Scottish Leaving Certificate Examination, 1961
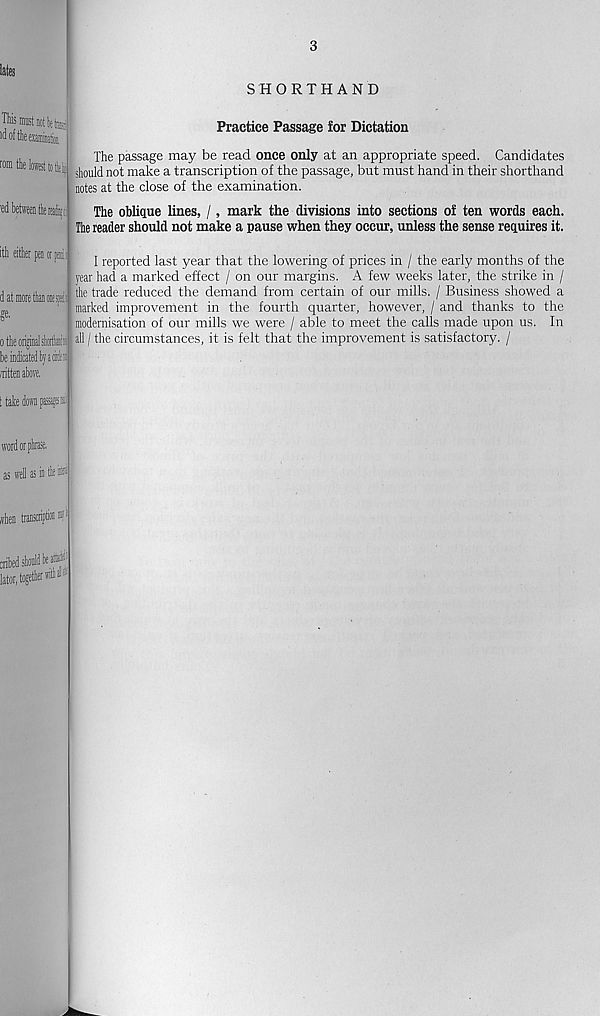
3
SHORTHAND
Practice Passage for Dictation
The passage may be read once only at an appropriate speed. Candidates
should not make a transcription of the passage, but must hand in their shorthand
notes at the close of the examination.
The oblique lines, /, mark the divisions into sections of ten words each.
The reader should not make a pause when they occur, unless the sense requires it.
I reported last year that the lowering of prices in / the early months of the
year had a marked effect / on our margins. A few weeks later, the strike in /
the trade reduced the demand from certain of our mills. / Business showed a
marked improvement in the fourth quarter, however, / and thanks to the
modernisation of our mills we were / able to meet the calls made upon us. In
all / the circumstances, it is felt that the improvement is satisfactory. /